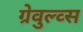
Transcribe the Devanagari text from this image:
ग्रेवुल्व्स